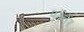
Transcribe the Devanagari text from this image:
पर्त्नेर